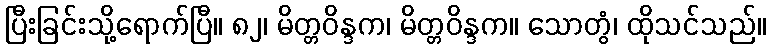
ပြီးခြင်းသို့ရောက်ပြီ။ ၈၂၊ မိတ္တဝိန္ဒက၊ မိတ္တဝိန္ဒက။ သောတွံ၊ ထိုသင်သည်။